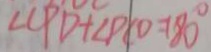
\angle C P D + \angle P C O = 1 8 0 ^ { \circ }